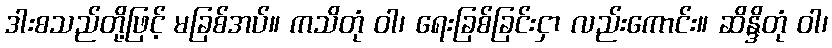
ဒါးစသည်တို့ဖြင့် မခြစ်အပ်။ ကသိတုံ ဝါ၊ ရေးခြစ်ခြင်းငှာ လည်းကောင်း။ ဆိန္ဒိတုံ ဝါ၊